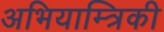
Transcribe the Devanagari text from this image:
अभियाम्त्रिकी